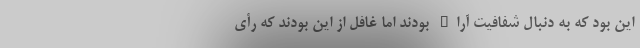
این بود که به دنبال شفافیت آراء بودند اما غافل از این بودند که رأی